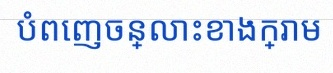
បំពេញចន្លោះខាងក្រោម